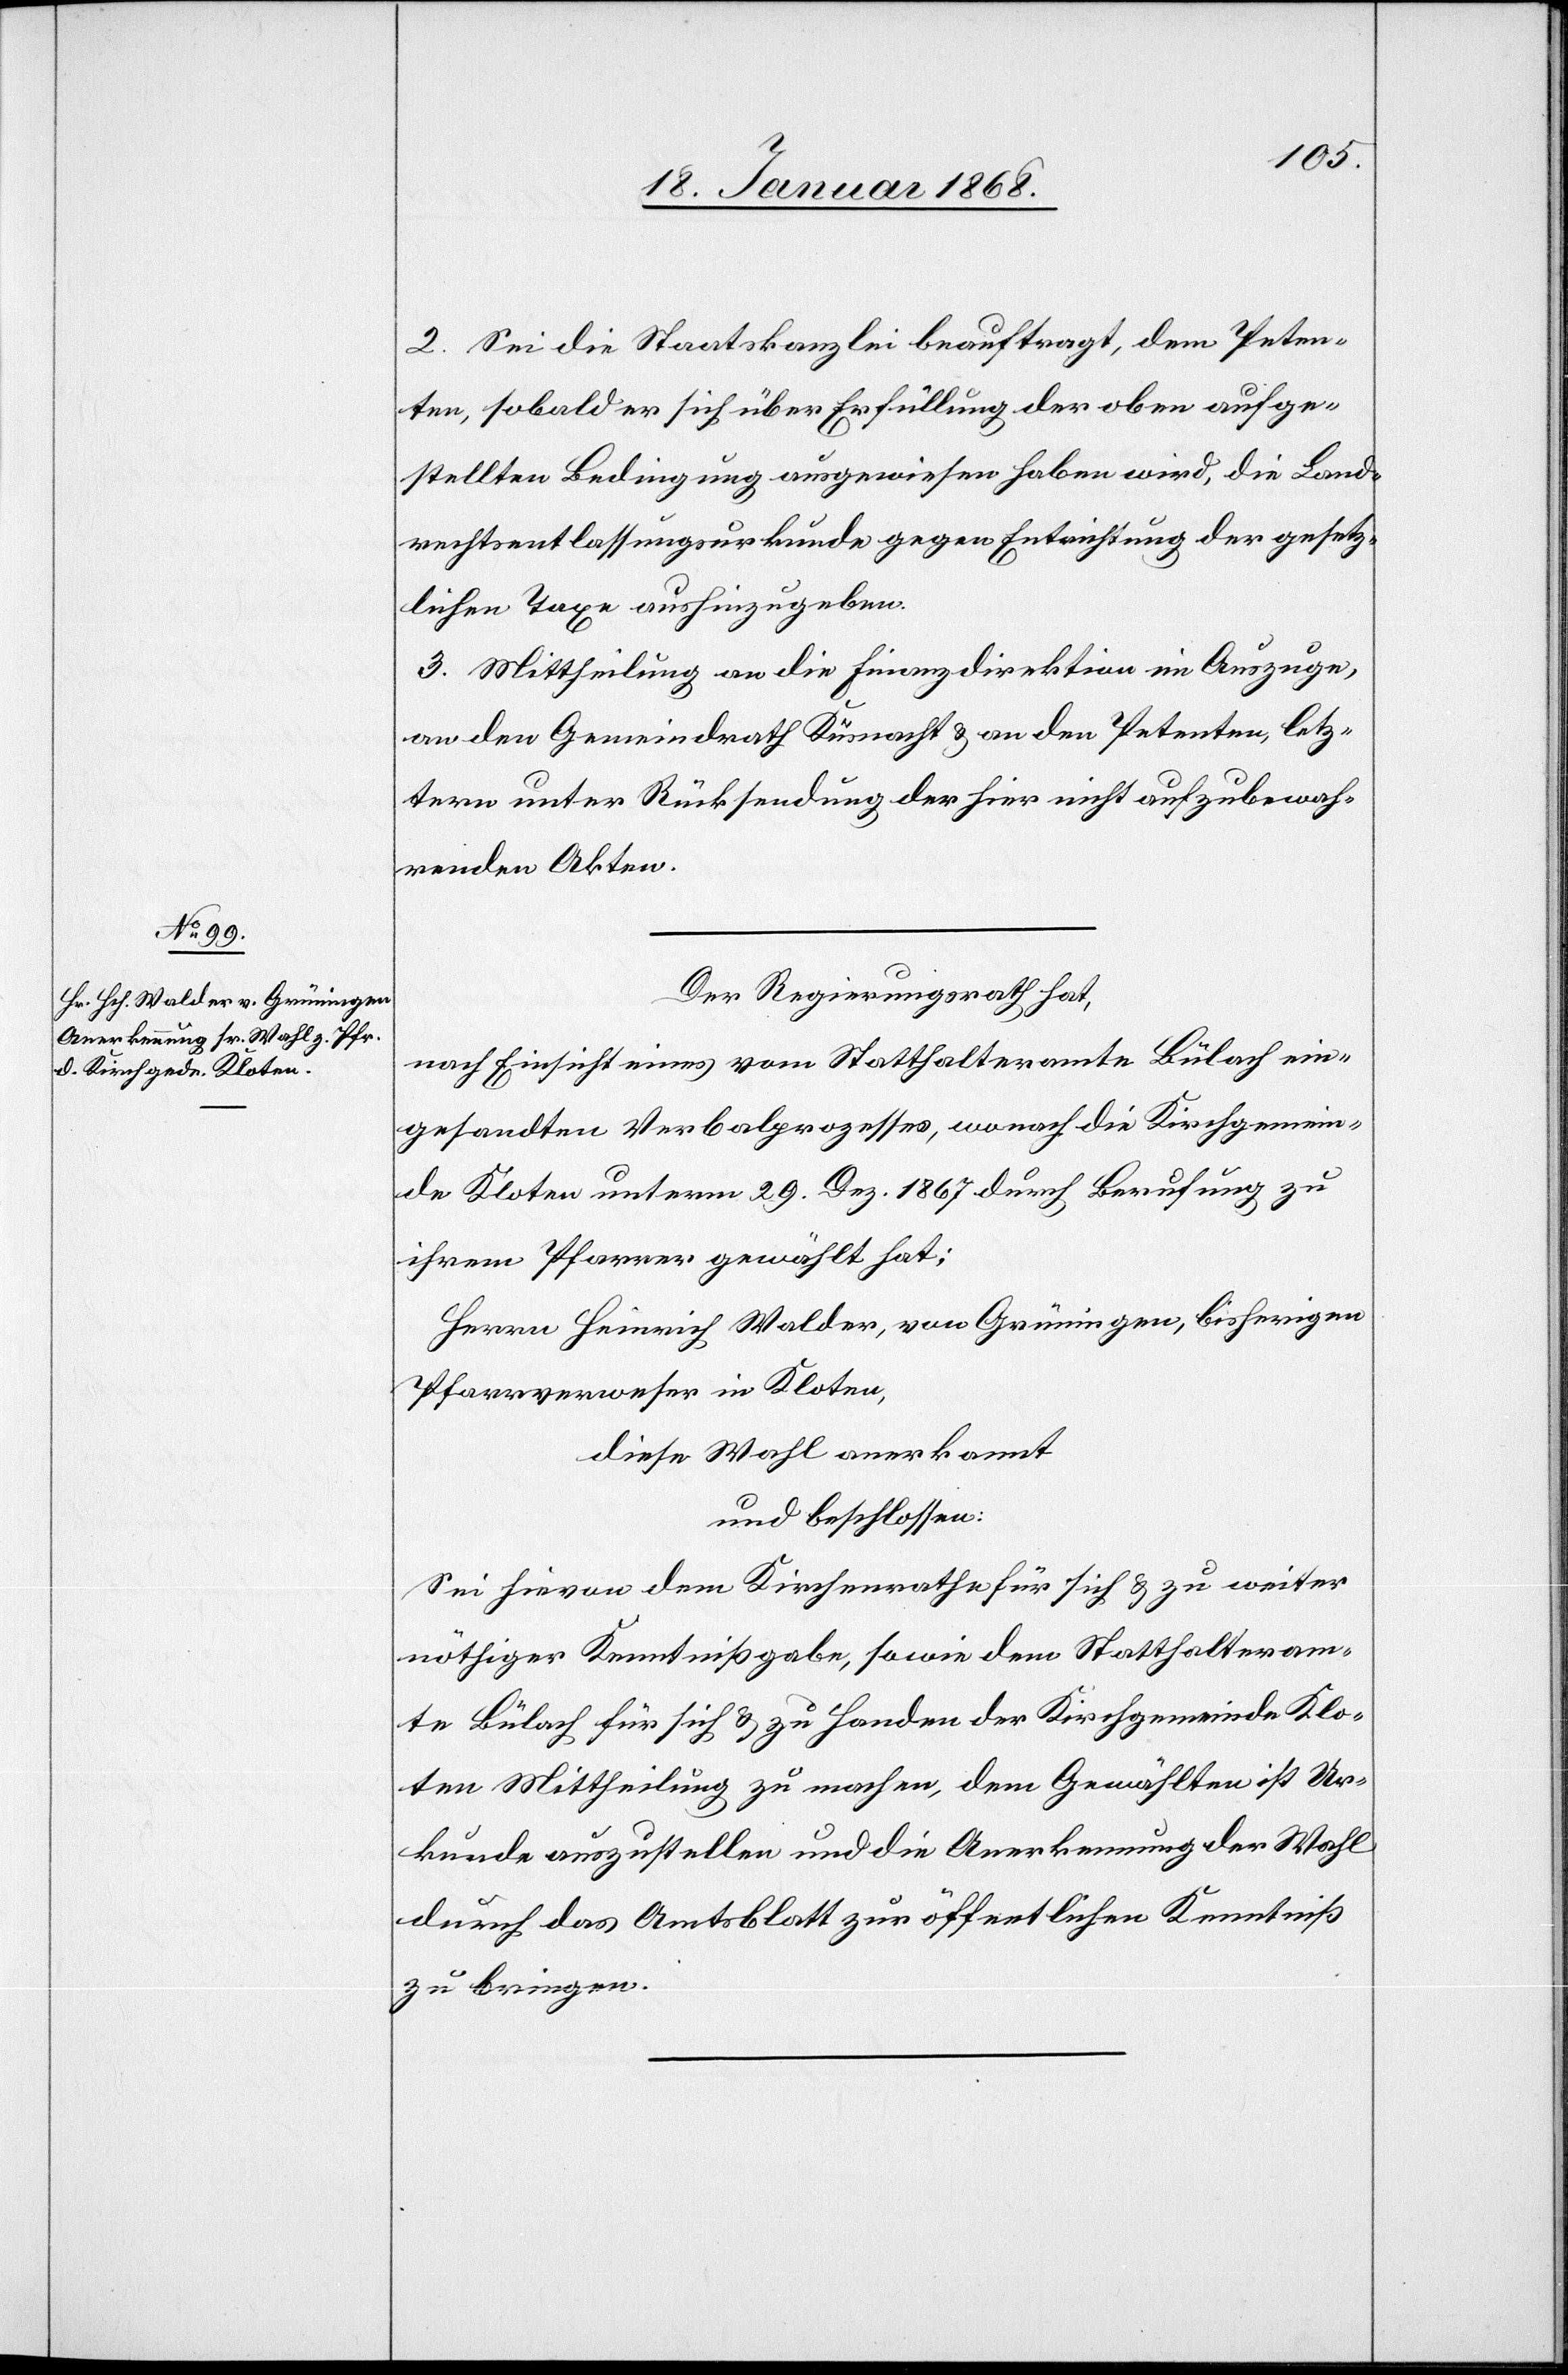
2. Sei die Staatskanzlei beauftragt, dem Peten¬
ten, sobald er sich über Erfüllung der oben aufge¬
stellten Bedingung ausgewiesen haben wird, die Land¬
rechtsentlassungsurkunde gegen Entrichtung der gesetz¬
lichen Taxe aushinzugeben.
3. Mittheilung an die Finanzdirektion im Auszuge,
an den Gemeindrath Küsnacht & an den Petenten, letz¬
tern unter Rücksendung der hier nicht aufzubewah¬
renden Akten.
Der Regierungsrath hat,
nach Einsicht eines vom Statthalteramte Bülach ein¬
gesandten Verbalprozesses, wonach die Kirchgemein¬
de Kloten unterm 29. Dez. 1867 durch Berufung zu
ihrem Pfarrer gewählt hat:
Herrn Heinrich Walder, von Grüningen, bisherigen
Pfarrverweser in Kloten,
diese Wahl anerkannt
und beschlossen:
Sei hievon dem Kirchenrathe für sich & zu weiter
nöthiger Kenntnißgabe, sowie dem Statthalteram¬
te Bülach für sich & zu Handen der Kirchgemeinde Klo¬
ten Mittheilung zu machen, dem Gewählten ist Ur¬
kunde auszustellen und die Anerkennung der Wahl
durch das Amtsblatt zur öffentlichen Kenntniß
zu bringen.